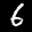
Label: 6